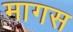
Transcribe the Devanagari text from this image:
मागस